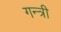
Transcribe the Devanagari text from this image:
गन्त्री